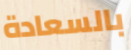
بالسعادة